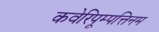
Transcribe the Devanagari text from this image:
कवेरिपूम्पत्तिनम